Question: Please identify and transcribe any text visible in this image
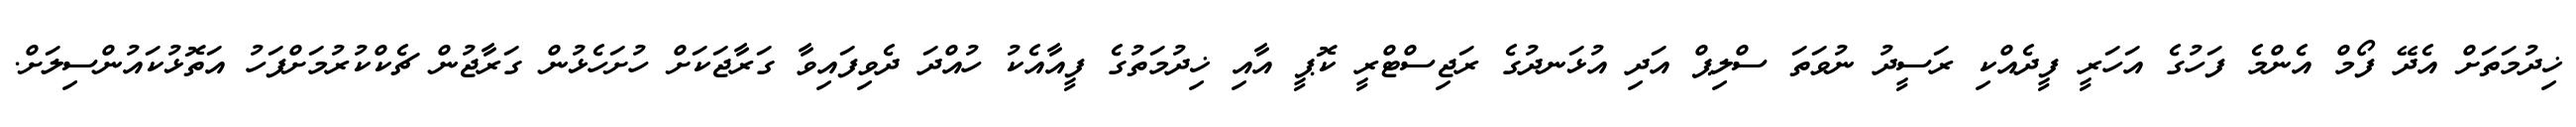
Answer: ޚިދުމަތަށް އެދޭ ފޯމް އެންމެ ފަހުގެ އަހަރީ ފީދެއްކި ރަސީދު ނުވަތަ ސްލިޕް އަދި އުޅަނދުގެ ރަޖިސްޓްރީ ކޮޕީ އާއި ޚިދުމަތުގެ ފީއާއެކު ހުއްދަ ދެވިފައިވާ ގަރާޖަކަށް ހުށަހެޅުން ގަރާޖުން ޗެކްކުރުމަށްފަހު އަތޮޅުކައުންސިލަށް.